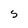
Character: S